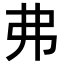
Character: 弗